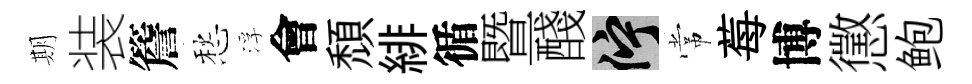
期装簷愁浮會頹緋循暨醆伫常莓博懲鲍